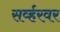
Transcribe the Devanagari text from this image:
सर्व्हरवर